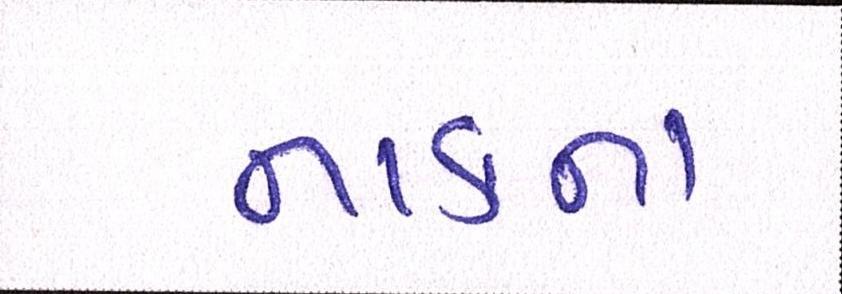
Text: નાકના